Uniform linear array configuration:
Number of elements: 32
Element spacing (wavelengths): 0.25
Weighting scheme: hamming
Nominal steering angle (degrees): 45
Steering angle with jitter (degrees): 46.686
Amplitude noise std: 0.05
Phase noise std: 0.05

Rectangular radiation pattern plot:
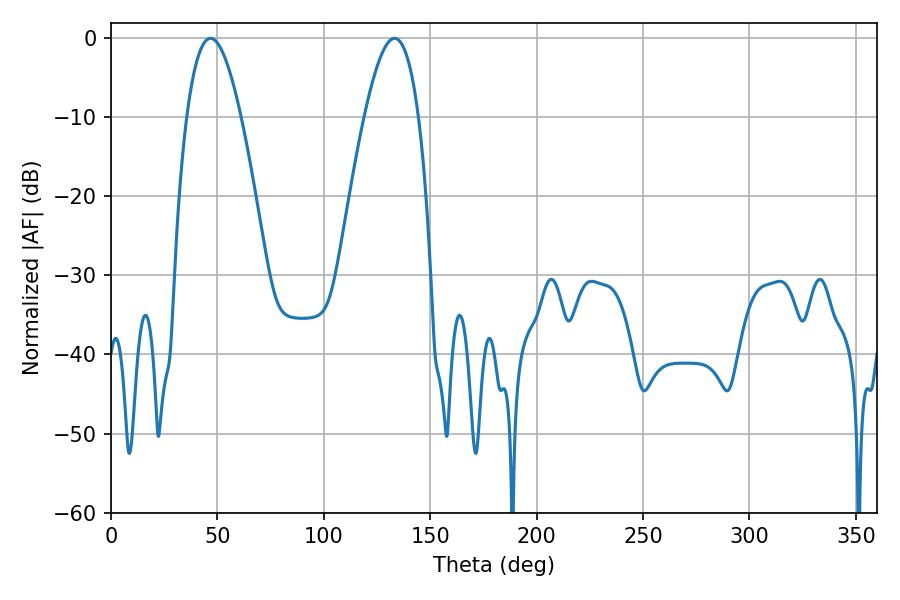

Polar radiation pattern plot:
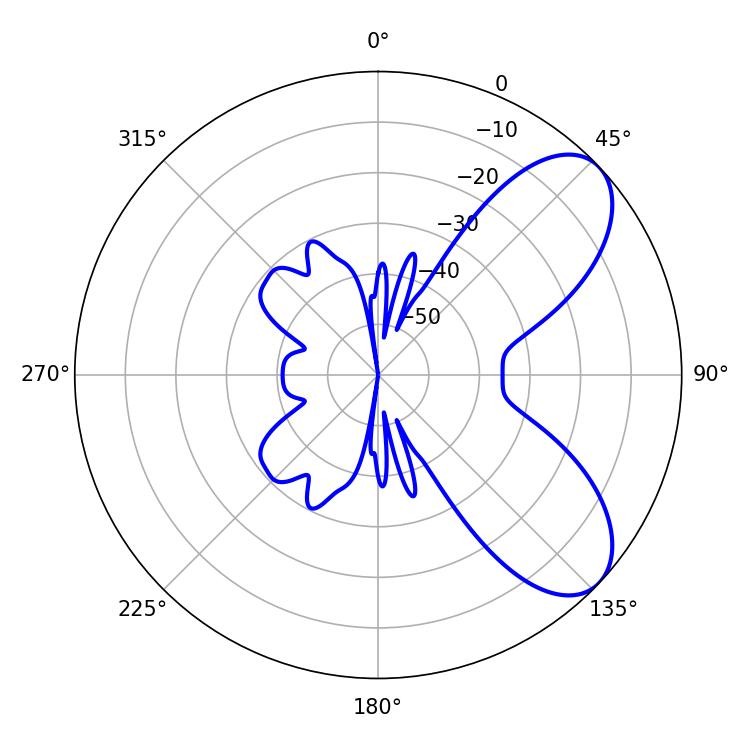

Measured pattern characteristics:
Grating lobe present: FALSE
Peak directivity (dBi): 7.157
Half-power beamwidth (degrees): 13.86
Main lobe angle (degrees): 46.8